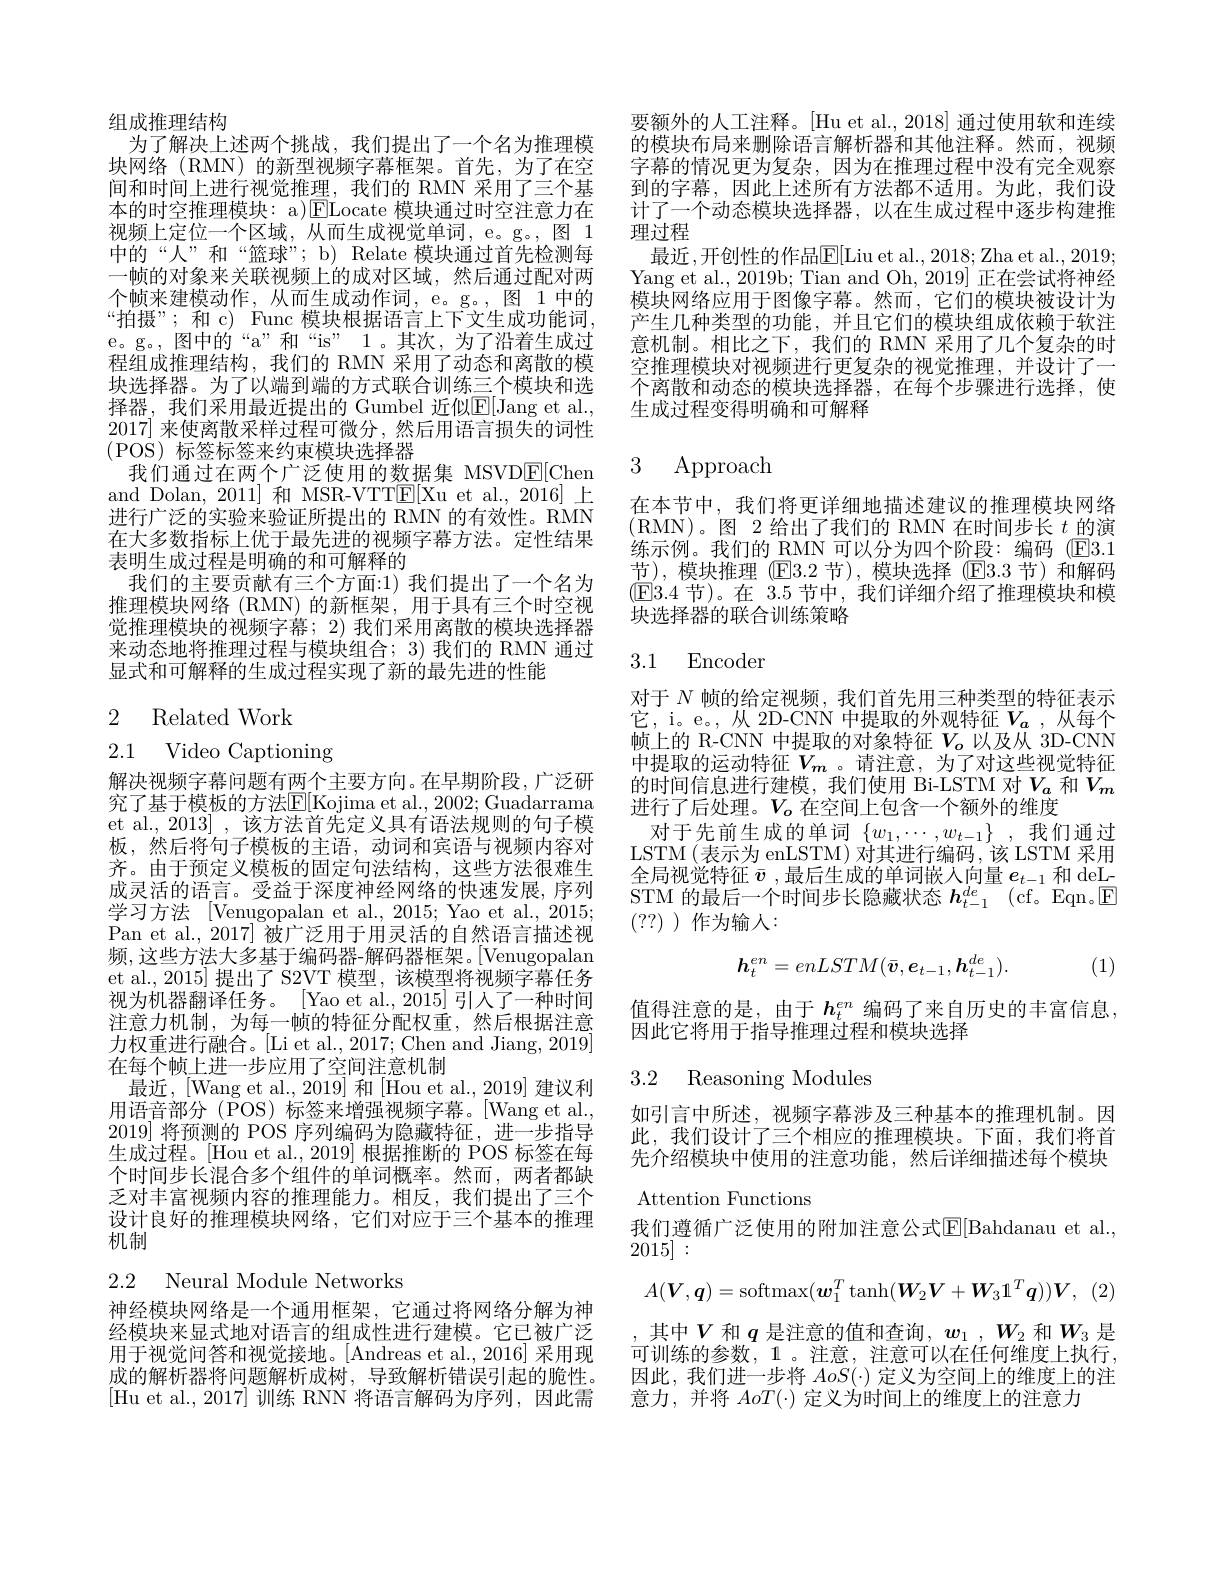
组成推理结构
为了解决上述两个挑战，我们提出了一个名为推理模块网络(RMN)的新型视频字幕框架。首先，为了在空间和时间上进行视觉推理，我们的 RMN 采用了三个基本的时空推理模块：a)$\boxed{\mathrm{FLocate~}}$模块通过时空注意力在视频上定位一个区域，从而生成视觉单词，e。g。, 图 1中的“人”和“篮球”; b) Relate 模块通过首先检测每一帧的对象来关联视频上的成对区域，然后通过配对两个帧来建模动作，从而生成动作词，e。g。,图 1中的“拍摄”; 和 c) Func 模块根据语言上下文生成功能词， e。g。, 图中的“a”和“is”1。其次，为了沿着生成过$\mathrm{e}_{\mathrm{o}}$ 程组成推理结构，我们的 RMN 采用了动态和离散的模块选择器。为了以端到端的方式联合训练三个模块和选择器，我们采用最近提出的 Gumbel 近似E[Jang et al., 2017] 来使离散采样过程可微分，然后用语言损失的词性(POS) 标签标签来约束模块选择器
我们通过在两个广泛使用的数据集 MSVD$\underline{\mathrm{E}}[$Chen and Dolan, 2011] 和 MSR-VTT$\boxed{\mathrm{E}}[$Xu et al., 2016] 上进行广泛的实验来验证所提出的 RMN 的有效性。RMN 在大多数指标上优于最先进的视频字幕方法。定性结果表明生成过程是明确的和可解释的
我们的主要贡献有三个方面：1) 我们提出了一个名为推理模块网络 (RMN)的新框架，用于具有三个时空视觉推理模块的视频字幕；2) 我们采用离散的模块选择器来动态地将推理过程与模块组合；3) 我们的 RMN 通过显式和可解释的生成过程实现了新的最先进的性能

2 Related Work

# 2.1 Video Captioning

解决视频字幕问题有两个主要方向。在早期阶段，广泛研究了基于模板的方法E[Kojima et al.,2002;Guadarrama et al., 2013] , 该方法首先定义具有语法规则的句子模板，然后将句子模板的主语，动词和宾语与视频内容对齐。由于预定义模板的固定句法结构，这些方法很难生成灵活的语言。受益于深度神经网络的快速发展，序列学习方法 [Venugopalan et al., 2015; Yao et al., 2015; Pan et al., 2017] 被广泛用于用灵活的自然语言描述视频，这些方法大多基于编码器-解码器框架。[Venugopalan et al., 2015] 提出了 S2VT 模型，该模型将视频字幕任务视为机器翻译任务。[Yao et al., 2015] 引人了一种时间注意力机制，为每一帧的特征分配权重，然后根据注意力权重进行融合。[Li et al., 2017; Chen and Jiang, 2019] 在每个帧上进一步应用了空间注意机制
最近，[Wang et al., 2019] 和 [Hou et al., 2019] 建议利用语音部分 (POS) 标签来增强视频字幕。[Wang et al., 2019]将预测的 POS 序列编码为隐藏特征，进一步指导生成过程。[Hou et al., 2019] 根据推断的 POS 标签在每个时间步长混合多个组件的单词概率。然而，两者都缺乏对丰富视频内容的推理能力。相反，我们提出了三个设计良好的推理模块网络，它们对应于三个基本的推理机制

2.2 Neural Module Networks

神经模块网络是一个通用框架，它通过将网络分解为神经模块来显式地对语言的组成性进行建模。它已被广泛用于视觉问答和视觉接地。[Andreas et al.,2016] 采用现成的解析器将问题解析成树，导致解析错误引起的脆性。[Hu et al.,2017]训练 RNN 将语言解码为序列，因此需

要额外的人工注释。[Hu et al., 2018] 通过使用软和连续的模块布局来删除语言解析器和其他注释。然而，视频字幕的情况更为复杂，因为在推理过程中没有完全观察到的字幕，因此上述所有方法都不适用。为此，我们设计了一个动态模块选择器，以在生成过程中逐步构建推理过程
最近，开创性的作品$\mathbb{E}[$Liu et al.,2018;Zha et al.,2019; Yang et al., 2019b; Tian and Oh, 2019] 正在尝试将神经模块网络应用于图像字幕。然而，它们的模块被设计为产生几种类型的功能，并且它们的模块组成依赖于软注意机制。相比之下，我们的 RMN 采用了几个复杂的时空推理模块对视频进行更复杂的视觉推理，并设计了一个离散和动态的模块选择器，在每个步骤进行选择，使生成过程变得明确和可解释

# 3 Approach

在本节中，我们将更详细地描述建议的推理模块网络(RMN)。图 2 给出了我们的 RMN 在时间步长$t$的演练示例。我们的 RMN 可以分为四个阶段：编码 (E3.1节),模块推理(E3.2 节),模块选择(E3.3 节)和解码$(\textcircled{\mathrm{E}}3.4$节)。在 3.5 节中，我们详细介绍了推理模块和模块选择器的联合训练策略

### 3.1 Encoder

对于$N$帧的给定视频，我们首先用三种类型的特征表示它，i。e。,从 2D-CNN 中提取的外观特征$V_{a}$ ,从每个帧上的 R-CNN 中提取的对象特征$V_{o}$以及从 3D-CNN 中提取的运动特征$V_m$ 。请注意，为了对这些视觉特征的时间信息进行建模，我们使用 Bi-LSTM 对$V_a$和$V_m$ 进行了后处理。$V_o$在空间上包含一个额外的维度
对于先前生成的单词$\{w_1,\cdots,w_{t-1}\}$ ,我们通过LSTM(表示为 enLSTM) 对其进行编码，该 LSTM 采用全局视觉特征$\bar{v}$,最后生成的单词嵌入向量$e_t-1$和 deLSTM 的最后一个时间步长隐藏状态$h_{t- 1}^{de}$ (cf。Eqn。$\mathbb{E}$ (??) )作为输人：
$$h_{t}^{en}=enLSTM(\bar{\boldsymbol{v}},e_{t-1},\boldsymbol{h}_{t-1}^{de}).$$
(1)

值得注意的是，由于 $h_t^{en}$ 编码了来自历史的丰富信息，
因此它将用于指导推理过程和模块选择

3.2 Reasoning Modules

如引言中所述，视频字幕涉及三种基本的推理机制。因此，我们设计了三个相应的推理模块。下面，我们将首先介绍模块中使用的注意功能，然后详细描述每个模块Attention Functions
我们遵循广泛使用的附加注意公式$\mathbb{E}[$Bahdanau et al.,
2015]:
$$A(\boldsymbol{V},\boldsymbol{q})=\mathrm{softmax}(\boldsymbol{w}_{1}^{T}\tanh(\boldsymbol{W}_{2}\boldsymbol{V}+\boldsymbol{W}_{3}1^{T}\boldsymbol{q}))\boldsymbol{V},$$
其中$V$和$q$是注意的值和查询，$w_1,W_2$和$W_3$是可训练的参数，1 。注意，注意可以在任何维度上执行， 因此，我们进一步将$AoS(\cdot)$定义为空间上的维度上的注意力，并将$AoT(\cdot)$定义为时间上的维度上的注意力